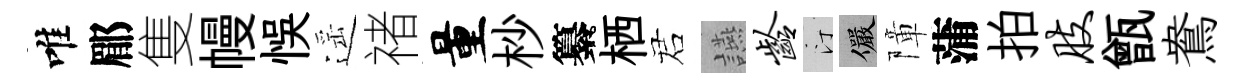
唯郿隻幔悞遥禇量杪纂栖诺讌龄汀儼障蒲拍肢甑鴦